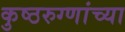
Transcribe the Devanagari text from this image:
कुष्ठरुग्णांच्या